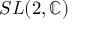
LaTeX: S L ( 2 , \mathbb { C } )